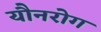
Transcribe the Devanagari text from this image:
यौनरोग